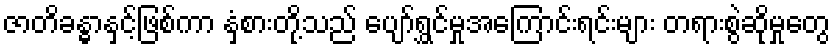
ဇာတိခန္ဓာနှင့်ဖြစ်ကာ နှံစားတို့သည် ပျော်ရွှင်မှုအကြောင်းရင်းများ တရားစွဲဆိုမှုတွေ